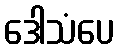
ဒေါသံပေ